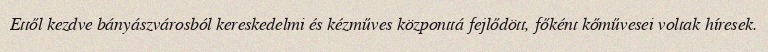
Ettől kezdve bányászvárosból kereskedelmi és kézműves központtá fejlődött, főként kőművesei voltak híresek.